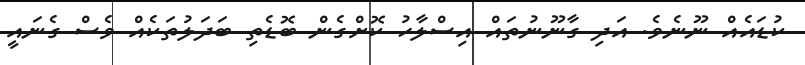
ކުޑައެއް ނޫނެވެ. އަދި ގާނޫނުތައް އިސްލާހު ކޮށްގެން ބޮޑެތި ބަދަލުތަކެއް ވެސް ގެނައީ